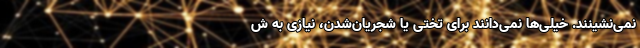
نمی‌نشینند. خیلی‌ها نمی‌دانند برای تختی یا شجریان‌شدن، نیازی به ش